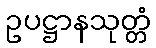
ဥပဋ္ဌာနသုတ္တံ